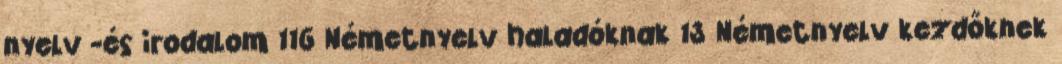
nyelv -és irodalom 116 Németnyelv haladóknak 13 Németnyelv kezdőknek